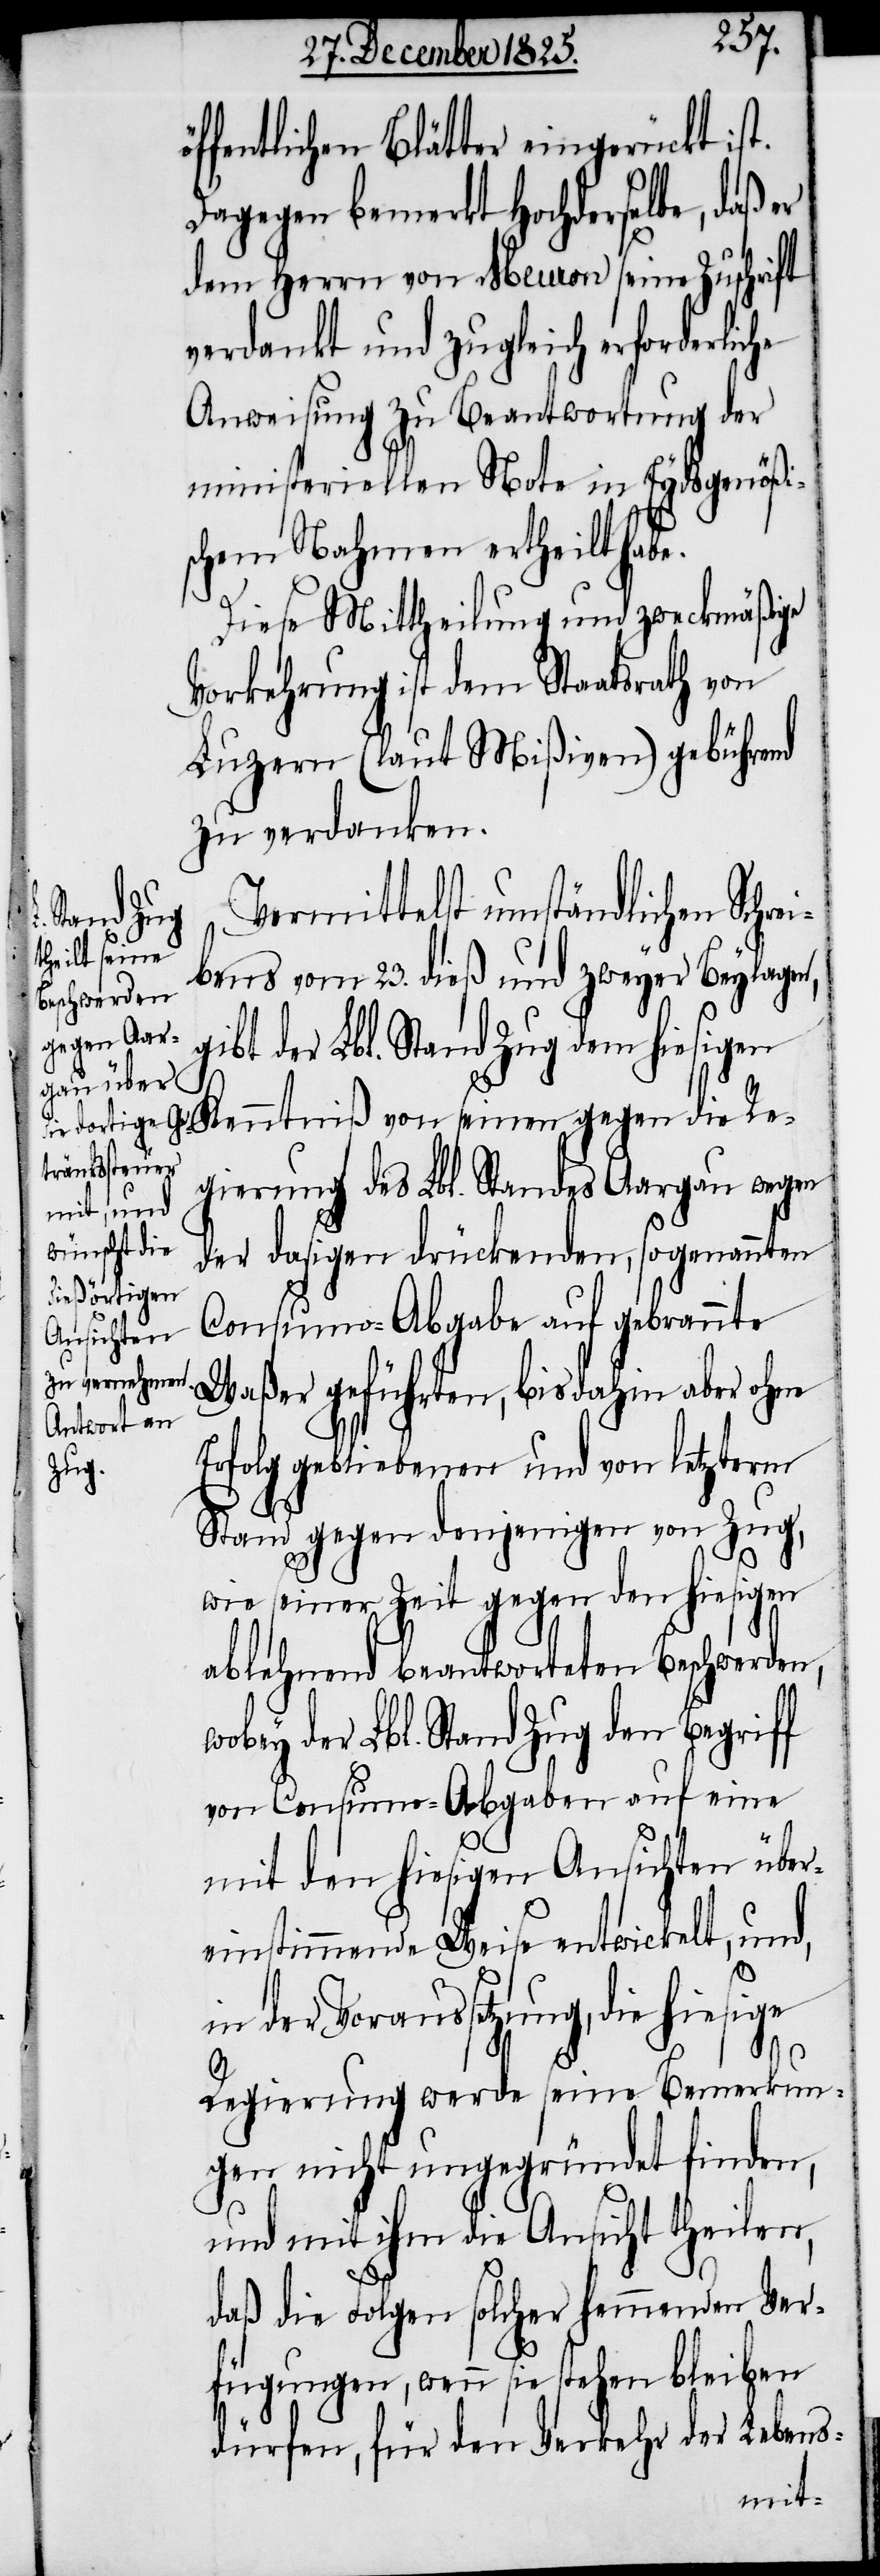
g¬

öf¬
fentlichen Blätter eingerückt ist.
Dagegen bemerkt Hochderselbe, daß er
dem Herrn von Meuron seine Zuschrift
verdankt und zugleich erforderlic¬
Anweisung zu Beantwortung der
ministeriellen Note in Eydsgenößi¬
schem Nahmen ertheilt habe.
Diese Mittheilung und zweckmäßige
Vorkehrung ist dem Staatsrath von
Luzern (laut Mißiven) gebührend
zu verdanken.
Vermittelst umständlichen Schre¬
ibens vom 23. dieß und zweyer Beylagen,
ibt der Lbl. Stand Zug dem hiesigen
Kenntniß von seinen gegen die Re¬
gierung des Lbl. Standes Aargau wegen
der dasigen drückenden, sogenannten
Consumo-Abgabe auf gebrannte
Waßer geführten, bis dahin aber ohne
Erfolg gebliebene und von letzterm
Stand gegen denjenigen von Zug,
wie seiner Zeit gegen den hiesigen
ablehnend beantworteten Beschwerden,
wobey der Lbl. Stand Zug den Begriff
von Consumo-Abgaben auf eine
mit den hiesigen Ansichten über¬
einstimmende Weise entwickelt, und,
in der Voraussetzung, die
Regierung werde seine Bemerkun¬
gen nicht ungegründet finden,
und mit ihm die Ansicht theilen,
daß die Folgen solcher hemmenden Ver¬
fügungen, wenn sie stehen bleiben
dürfen, für den Verkehr der Lebens-